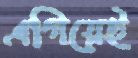
এগিয়েই